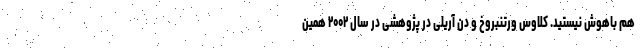
هم باهوش نیستید. کلاوس ورتنبروخ و دن آریلی در پژوهشی در سال ۲۰۰۲ همین